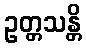
ဥတ္တသန္တိ